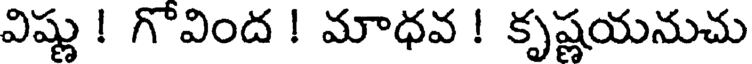
విష్ణు ! గొవింద ! మాధవ ! కృష్ణయనుచు